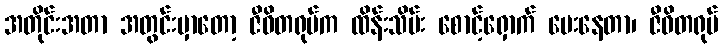
အတိုင်းအတာ အတွင်းမှာတော့ ဇီဝိတရုပ်က ထိန်းသိမ်း စောင့်ရှောက် ပေးနေတာ၊ ဇီဝိတရုပ်